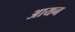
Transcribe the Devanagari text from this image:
अायन